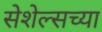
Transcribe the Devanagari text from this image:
सेशेल्सच्या